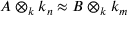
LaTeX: A \otimes _ { k } k _ { n } \approx B \otimes _ { k } k _ { m }